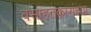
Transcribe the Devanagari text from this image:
वसाहतकारांच्या